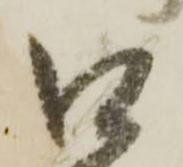
口